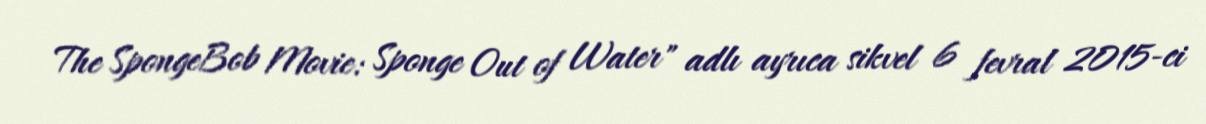
The SpongeBob Movie: Sponge Out of Water" adlı ayrıca sikvel 6 fevral 2015-ci